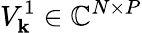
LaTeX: V_{\mathbf{k}}^{1}\in\mathbb{C}^{N\times P}